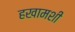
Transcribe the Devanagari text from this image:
हखामशी